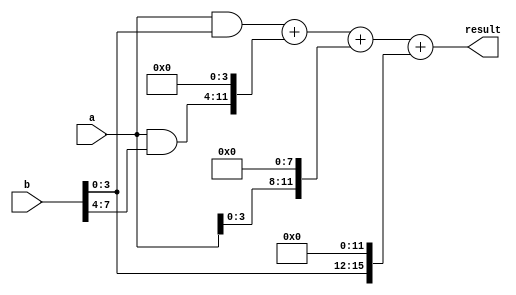
module Radix4Multiplier(
    input wire [7:0] a,
    input wire [7:0] b,
    output reg [15:0] result
);

reg [7:0] partial_products [3:0];
reg [15:0] intermediate_sums [3:0];

always @(*) begin
    partial_products[0] = a & b[3:0];
    partial_products[1] = a & b[7:4];
    partial_products[2] = a << 4;
    partial_products[3] = b << 4;
end

always @(*) begin
    intermediate_sums[0] = partial_products[0];
    intermediate_sums[1] = partial_products[1] << 4;
    intermediate_sums[2] = partial_products[2] << 4;
    intermediate_sums[3] = partial_products[3] << 8;
end

always @(*) begin
    result = intermediate_sums[0] + intermediate_sums[1] + intermediate_sums[2] + intermediate_sums[3];
end

endmodule